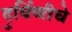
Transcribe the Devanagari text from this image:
दुर्बिणीचे